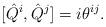
LaTeX: \begin{align*}[\hat{Q}^i, \hat{Q}^j]=i\theta^{ij}. \end{align*}